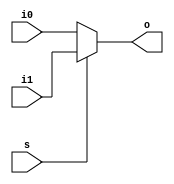
`timescale 1ns / 1ps

module mux(
    input [31:0] i0,
    input [31:0] i1,
    input s,
    output [31:0] o
    );

    assign o = (s) ? i1 : i0;

endmodule